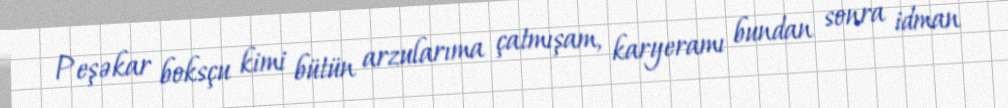
Peşəkar boksçu kimi bütün arzularıma çatmışam, karyeramı bundan sonra idman